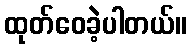
ထုတ်ဝေခဲ့ပါတယ်။